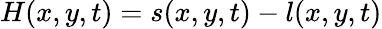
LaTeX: H(x,y,t)=s(x,y,t)-l(x,y,t)